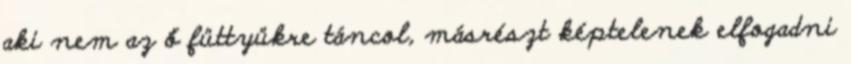
aki nem az ő füttyükre táncol, másrészt képtelenek elfogadni